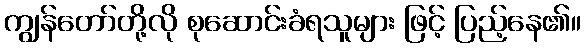
ကျွန်တော်တို့လို စုဆောင်းခံရသူများ ဖြင့် ပြည့်နေ၏။